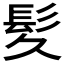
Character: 𫘹